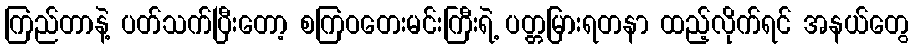
ကြည်တာနဲ့ ပတ်သက်ပြီးတော့ စကြဝတေးမင်းကြီးရဲ့ ပတ္တမြားရတနာ ထည့်လိုက်ရင် အနယ်တွေ